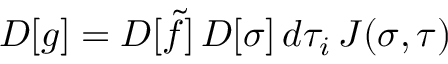
{ \cal D } [ g ] = { \cal D } [ \tilde { f } ] \, { \cal D } [ \sigma ] \, d \tau _ { i } \, J ( \sigma , \tau )